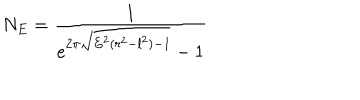
N _ { E } = \frac { 1 } { e ^ { 2 \pi \sqrt { E ^ { 2 } ( r ^ { 2 } - l ^ { 2 } ) - 1 } } - 1 }